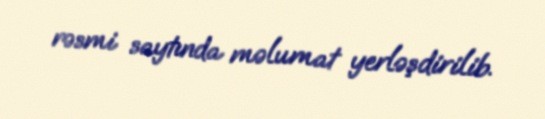
rəsmi saytında məlumat yerləşdirilib.